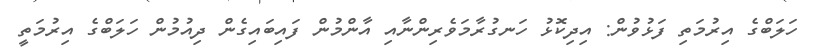
ހަލަބްގެ އިރުމަތި ފަޅުވުން: އިދިކޮޅު ހަނގުރާމަވެރިންނާއި އާންމުން ފައިބައިގެން ދިއުމުން ހަލަބްގެ އިރުމަތީ